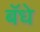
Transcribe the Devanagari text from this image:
बॅधे